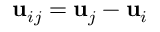
\mathbf { u } _ { i j } = \mathbf { u } _ { j } - \mathbf { u } _ { i }